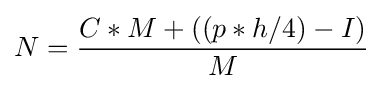
N={\frac {C*M+((p*h/4)-I)}{M}}